Vabadussoja_Ajaloo_Komitee, lk 29
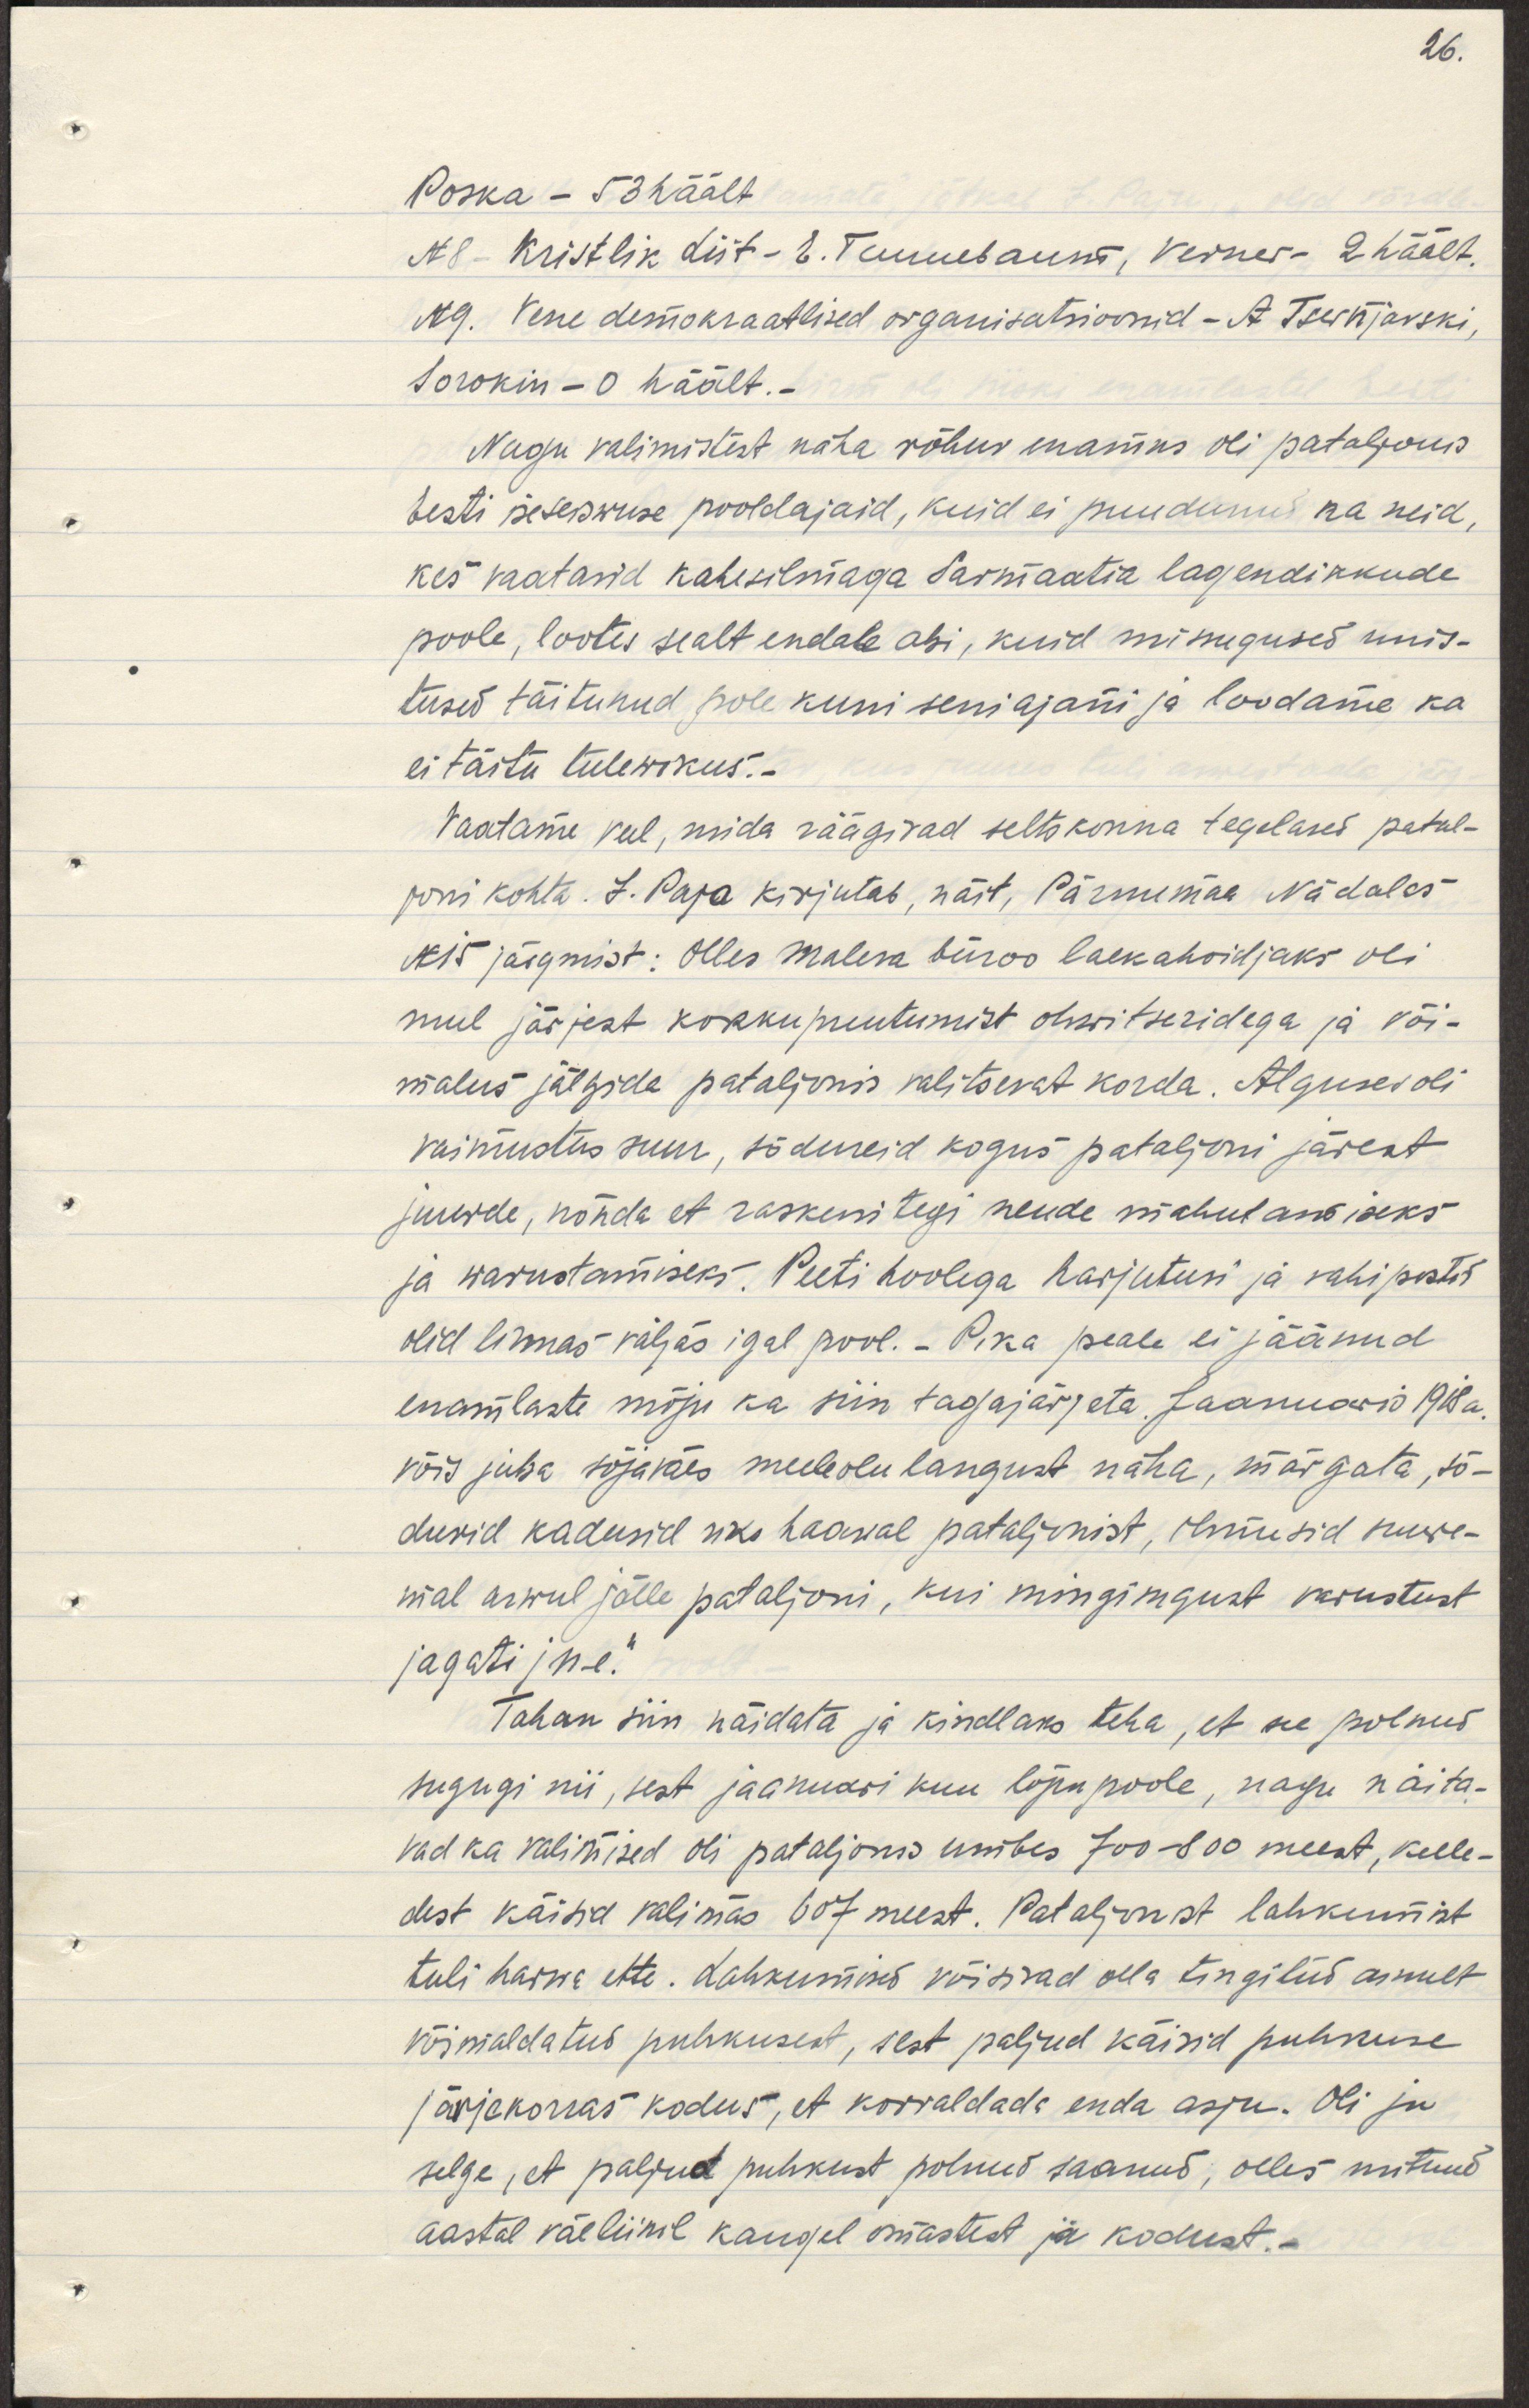
Poska- 53 häält
N8 - Kristlik liit - E. Tannebaum, Verner- 2 häält.
N9. Vene demokraatlikud organisatsioonid - A Tsernjavski, 
Sorokin - 0 häält.-
Nagu valimistest näha rõhuv enamus oli pataljonis
Eesti iseseiswuse pooldajaid, kuid ei puudunud ka neid,
kes vaatasid kahesilmaga sarmaatia lagendikkude 
poole, lootes sealt endale abi, kuid missugused unis-
tused täitunud pole kuni seniajani ja loodame ka
ei täitu tulewikus.
Vaatame veel, mida räägivad seltskonna tegelased patal-
joni kohta. J. Pajo kirjutab, näit, Pärnumaa Nädalas
N15 järgmist: Olles maleva büroo laekahoidjaks oli
mul järjest kokkupuutumist ohwitseridega ja või-
malus jälgida pataljonis valitsevat korda. Alguses oli
vaimustus suur, sõdureid kogus pataljoni järjest
juurde, nõnda et raskusi tegi nende mahutamiseks
ja warustamiseks. Peeti hoolega harjutusi ja vahipostid 
olid linnas väljas igal pool. Pika peale ei jäänud
enamlaste mõju ka siin tagajärjeta. Jaanuaris 1918a.
võis juba sõjaväes meeleolu langust näha, märgata, sõ-
durid kadusid üks haawal pataljonist, ilmusid suure-
mal arwul jälle pataljoni, kui mingisugust varustust
jagati jne."
Tahan siin näidata ja kindlaks teha, et see polnud
sugugi nii, sest jaanuari kuu lõpupoole, nagu näita-
vad valimised oli pataljonis umbes 700-800 meest, kelle-
dest käisid valimas 607 meest. Pataljonist lahkumist 
tuli harwa ette. lahkumised võisivad olla tingitud ainult
võimaldatud puhkusest, sest paljud käisid puhkuse
järjekorras kodus, et korraldada enda asju. Oli ju
selge, et paljud puhkust polnud saanud, olles mitmel
aastal väeliinil kaugel omastest ja kodust.